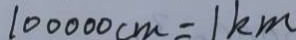
1 0 0 0 0 0 c m = 1 k m